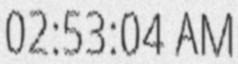
02:53:04 AM